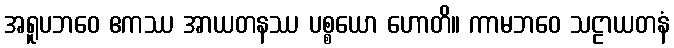
အရူပဘဝေ ဧကဿ အာယတနဿ ပစ္စယော ဟောတိ။ ကာမဘဝေ သဠာယတနံ